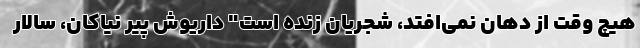
هیچ وقت از دهان نمی‌افتد، شجریان زنده است" داریوش پیر نیاکان، سالار